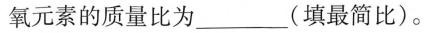
氧元素的质量比为_____(填最简比)。